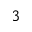
^ 3